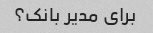
برای مدیر بانک؟